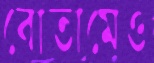
বোতামেও